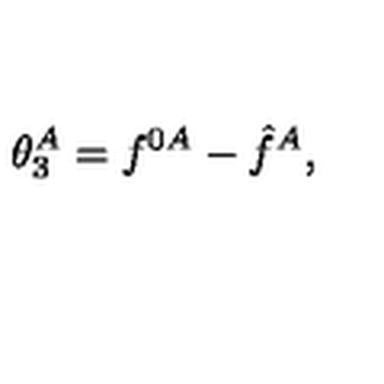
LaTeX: \theta _ { 3 } ^ { A } = f ^ { 0 A } - \hat { f } ^ { A } ,